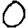
Digit: 0